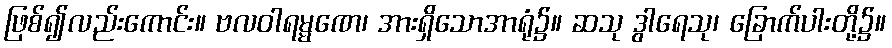
ဖြစ်၍လည်းကောင်း။ ဗလဝါရမ္မဏေ၊ အားရှိသောအာရုံ၌။ ဆသု ဒွါရေသု၊ ခြောက်ပါးတို့၌။